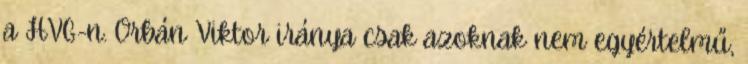
a HVG-n. Orbán Viktor iránya csak azoknak nem egyértelmű,